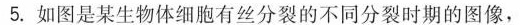
5.如图是某生物体细胞有丝分裂的不同分裂时期的图像，